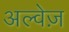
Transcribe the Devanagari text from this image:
अल्वेज़